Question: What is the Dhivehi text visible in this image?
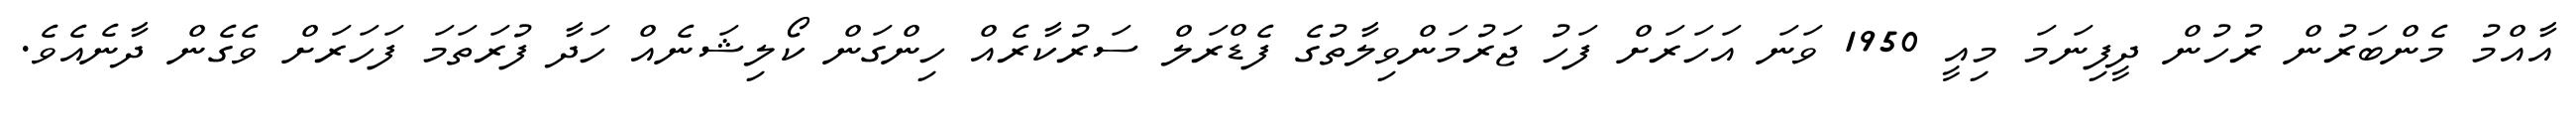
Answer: އާއްމު މެންބަރުން ރުހުން ދީފިނަމަ މިއީ 1950 ވަނަ އަހަރަށް ފަހު ޖަރުމަންވިލާތުގެ ފެޑްރަލް ސަރުކާރެއް ހިންގަން ކޯލިޝަނެއް ހަދާ ފުރަތަމަ ފަހަރަށް ވެގެން ދާނެއެވެ.